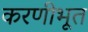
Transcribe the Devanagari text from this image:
करणीभूत